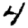
Digit: 4